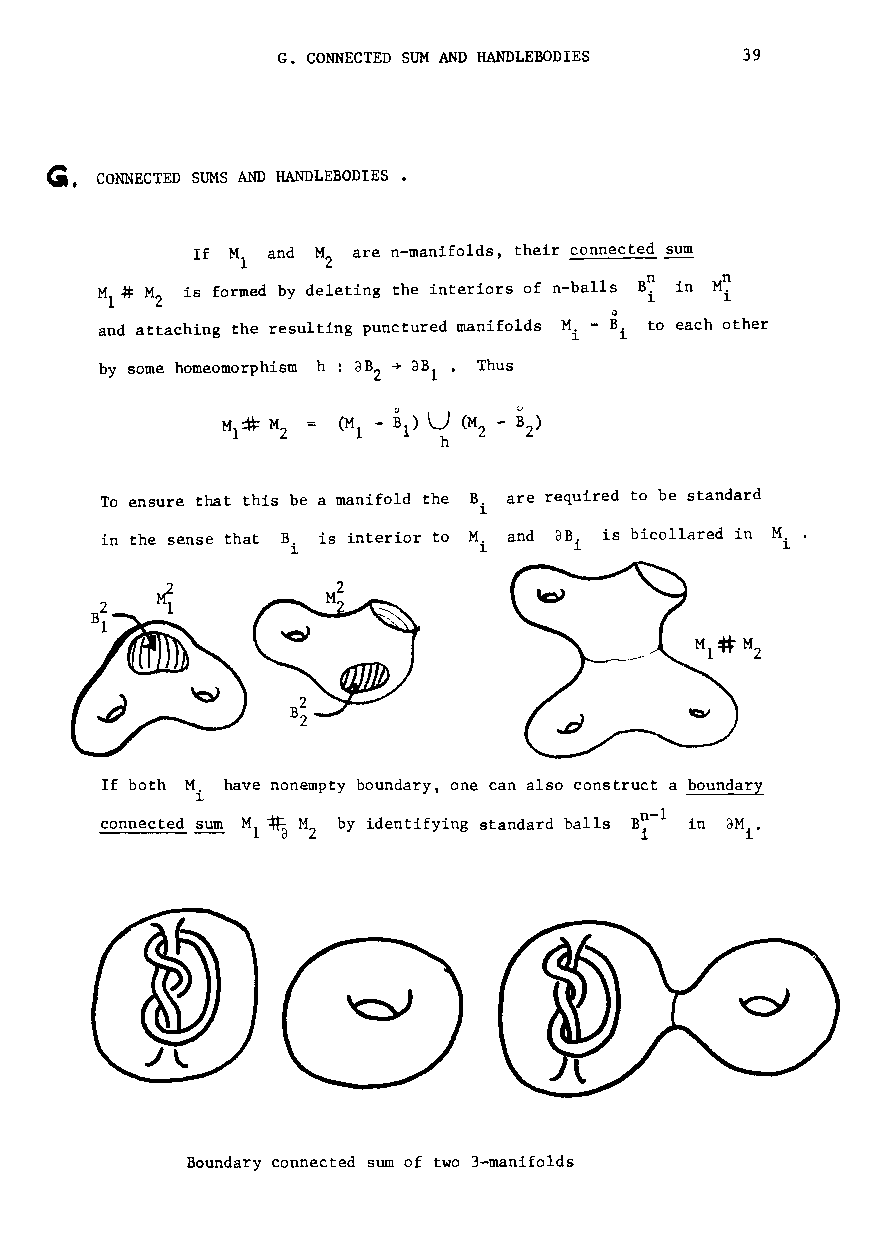
G. CONNECTED SUM AND HANDLEBODIES 39
 G.
 CONNECTED SUMS AND HANDLEBODIES •
 If M and M are n-manifolds, their connected sum
 l     2
 is formed by deleting the interiors of n-balls
 IJ
 and attaching the resulting punctured manifolds M i - B i to each other
 by some homeomorphism h : dB ~ dB • Thus
 2   l
 To ensure that this be a manifold the B. are required to be standard
 1
 in the sense that B. is interior to M. and aB. is bicol1ared in M.
 1      1           1             1
 If both M have nonempty boundary, one can also construct a boundary
 i
 connected sum M ~ M by identifying standard balls in aM.•
 l  2                            1
 Boundary connected sum of two 3-manifolds